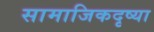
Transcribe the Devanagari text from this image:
सामाजिकदृष्या